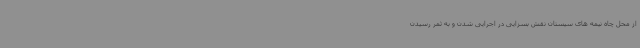
از محل چاه نیمه های سیستان نقش بسزایی در اجرایی شدن و به ثمر رسیدن